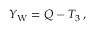
\qquad Y _ { \mathrm { { W } } } = Q - T _ { 3 } \, ,